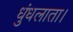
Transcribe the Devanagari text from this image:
धुंधलाता।